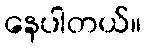
နေပါတယ်။